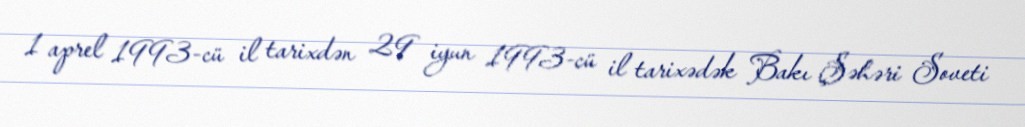
1 aprel 1993-cü il tarixdən 29 iyun 1993-cü il tarixədək Bakı Şəhəri Soveti